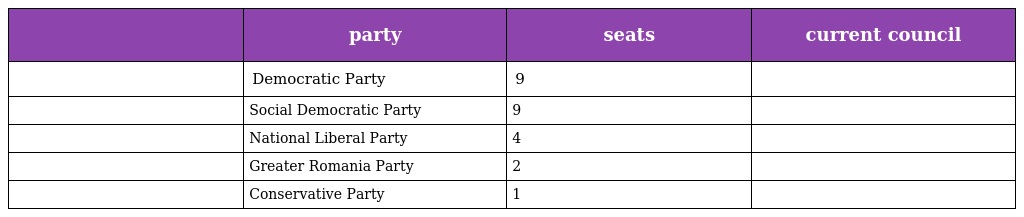
|  | party | seats | current council |
 | --- | --- | --- | --- |
 |  | Democratic Party | 9 |  |
 |  | Social Democratic Party | 9 |  |
 |  | National Liberal Party | 4 |  |
 |  | Greater Romania Party | 2 |  |
 |  | Conservative Party | 1 |  |